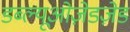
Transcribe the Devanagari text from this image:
डब्ल्यूओज़ेडज़ेड